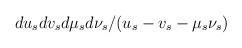
LaTeX: \begin{align*}du_sdv_sd\mu_s d\nu_s/(u_s-v_s-\mu_s\nu_s)\end{align*}